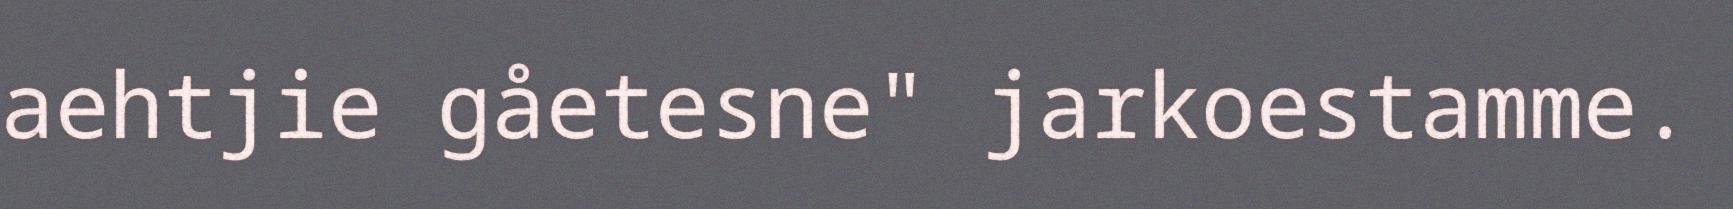
aehtjie gåetesne" jarkoestamme.